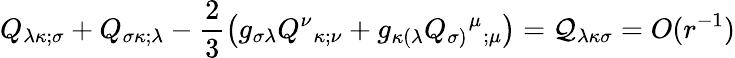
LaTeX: Q_{\lambda\kappa;\sigma}+Q_{\sigma\kappa;\lambda}-\frac{2}{3}\left(g_{\sigma\lambda}Q^{\nu}{_{\kappa;\nu}}+g_{\kappa(\lambda}Q_{\sigma)}{^{\mu}}{_{;\mu}}\right)={\cal Q}_{\lambda\kappa\sigma}=O(r^{-1})